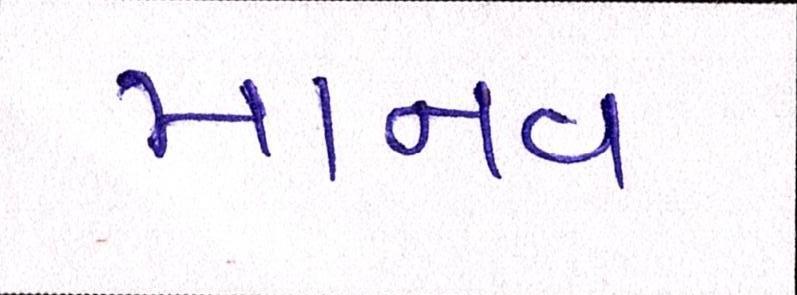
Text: માનવ